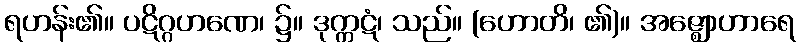
ရဟန်း၏။ ပဋိဂ္ဂဟဏေ၊ ၌။ ဒုက္ကဋံ၊ သည်။ (ဟောတိ၊ ၏)။ အဇ္ဈောဟာရေ